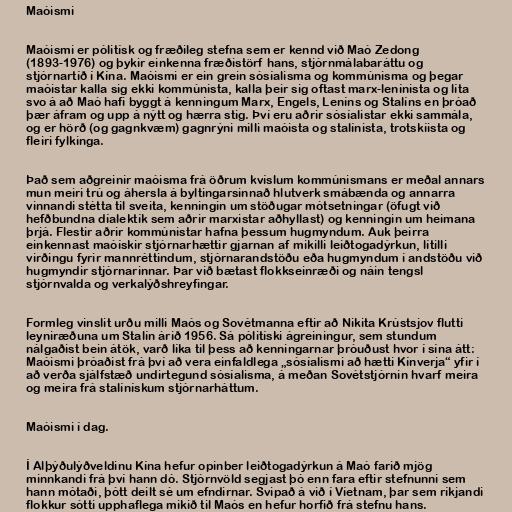
Maóismi

Maóismi er pólitísk og fræðileg stefna sem er kennd við Maó Zedong
(1893-1976) og þykir einkenna fræðistörf hans, stjórnmálabaráttu og
stjórnartíð í Kína. Maóismi er ein grein sósíalisma og kommúnisma og þegar
maóistar kalla sig ekki kommúnista, kalla þeir sig oftast marx-lenínista og líta
svo á að Maó hafi byggt á kenningum Marx, Engels, Leníns og Stalíns en þróað
þær áfram og upp á nýtt og hærra stig. Því eru aðrir sósíalistar ekki sammála,
og er hörð (og gagnkvæm) gagnrýni milli maóista og stalínista, trotskíista og
fleiri fylkinga.

Það sem aðgreinir maóisma frá öðrum kvíslum kommúnismans er meðal annars
mun meiri trú og áhersla á byltingarsinnað hlutverk smábænda og annarra
vinnandi stétta til sveita, kenningin um stöðugar mótsetningar (öfugt við
hefðbundna díalektík sem aðrir marxistar aðhyllast) og kenningin um heimana
þrjá. Flestir aðrir kommúnistar hafna þessum hugmyndum. Auk þeirra
einkennast maóískir stjórnarhættir gjarnan af mikilli leiðtogadýrkun, lítilli
virðingu fyrir mannréttindum, stjórnarandstöðu eða hugmyndum í andstöðu við
hugmyndir stjórnarinnar. Þar við bætast flokkseinræði og náin tengsl
stjórnvalda og verkalýðshreyfingar.

Formleg vinslit urðu milli Maós og Sovétmanna eftir að Nikita Krústsjov flutti
leyniræðuna um Stalín árið 1956. Sá pólitíski ágreiningur, sem stundum
nálgaðist bein átök, varð líka til þess að kenningarnar þróuðust hvor í sína átt:
Maóismi þróaðist frá því að vera einfaldlega „sósíalismi að hætti Kínverja“ yfir í
að verða sjálfstæð undirtegund sósíalisma, á meðan Sovétstjórnin hvarf meira
og meira frá stalínískum stjórnarháttum.

Maóismi í dag.

Í Alþýðulýðveldinu Kína hefur opinber leiðtogadýrkun á Maó farið mjög
minnkandi frá því hann dó. Stjórnvöld segjast þó enn fara eftir stefnunni sem
hann mótaði, þótt deilt sé um efndirnar. Svipað á við í Víetnam, þar sem ríkjandi
flokkur sótti upphaflega mikið til Maós en hefur horfið frá stefnu hans.